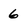
Character: 6